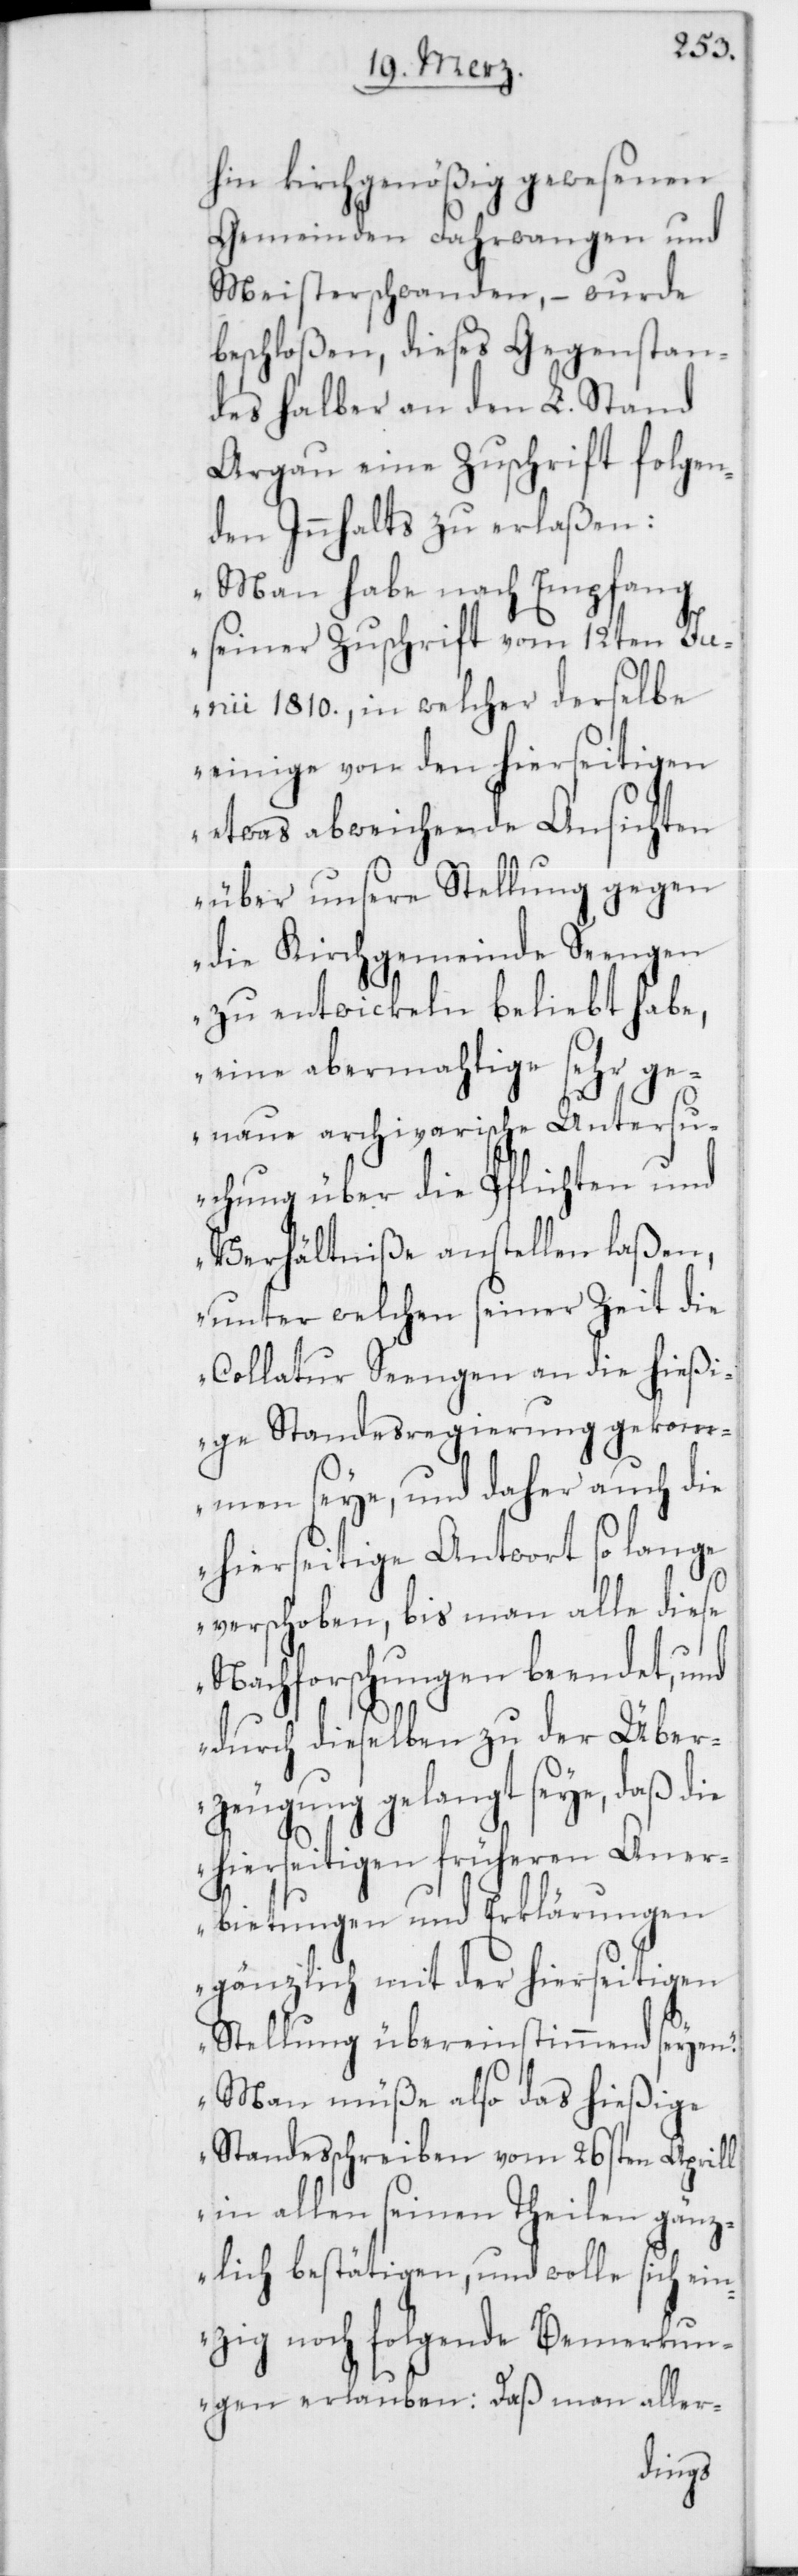
hin kirchgenößig gewesenen
Gemeinden Fahrwangen und
Meisterschwanden, – wurde
beschloßen, dieses Gegenstan¬
des halber an den L. Stand
Argau eine Zuschrift folgen¬
den Innhalts zu erlaßen:
„Man habe nach Empfang
seiner Zuschrift vom 12ten Ju¬
nii 1810., in welcher derselbe
einige von den hierseitigen
etwas abweichende Ansichten
über unsere Stellung gegen
die Kirchgemeinde Seengen
zu entwickeln beliebt habe,
eine abermahlige sehr ge¬
naue archivarische Untersu¬
chung über die Pflichten und
Verhältniße anstellen laßen,
unter welchen seiner Zeit die
Collatur Seengen an die hießi¬
ge Standesregierung gekom¬
men seye, und daher auch die
hierseitige Antwort so lange
verschoben, bis man alle diese
Nachforschungen beendet, und
durch dieselben zu der Über¬
zeugung gelangt seye, daß die
hierseitigen früheren Aner¬
bietungen und Erklärungen
gänzlich mit der hierseitigen
Stellung übereinstimmend seyen.
Man müße also das hießige
Standesschreiben vom 26sten Aprill
in allen seinen Theilen gänz¬
lich bestätigen, und wolle sich ein¬
zig noch folgende Bemerkun¬
gen erlauben: Daß man aller-